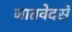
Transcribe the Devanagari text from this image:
जातवेदसे